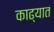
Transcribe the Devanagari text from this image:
काढ्यात